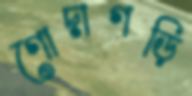
গোদাগড়ি